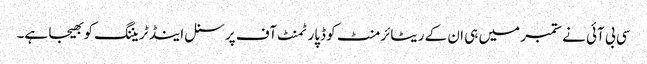
سی بی آئی نے ستمبر میں ہی ان کے ریٹائرمنٹ کو ڈپارٹمنٹ آف پرسنل اینڈ ٹریننگ کو بھیجا ہے۔